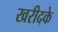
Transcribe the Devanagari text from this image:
खरीदके